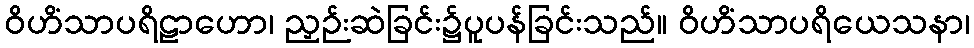
ဝိဟိံသာပရိဠာဟော၊ ညှဉ်းဆဲခြင်း၌ပူပန်ခြင်းသည်။ ဝိဟိံသာပရိယေသနာ၊